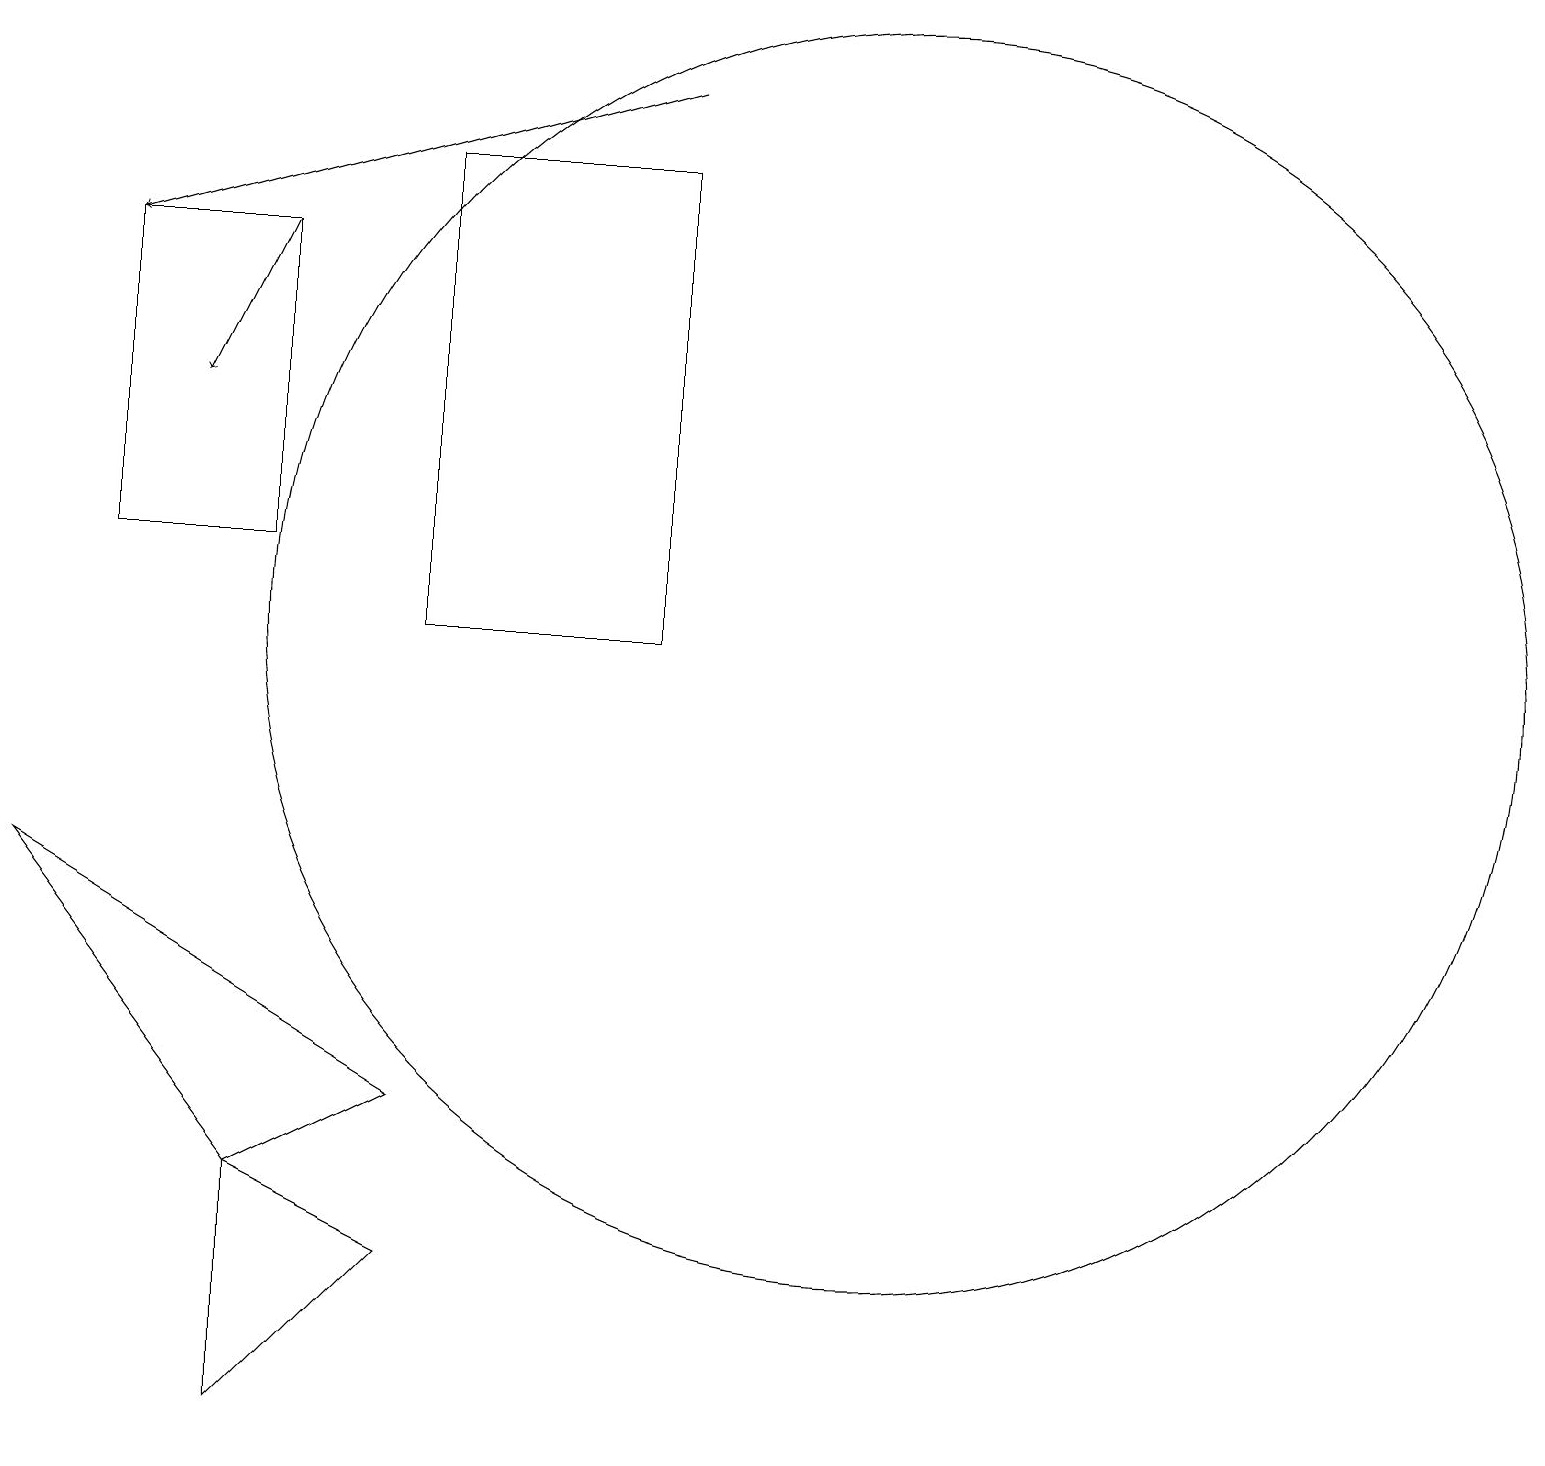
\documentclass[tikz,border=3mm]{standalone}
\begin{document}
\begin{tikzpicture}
\draw (6,3) -- (4,4) -- (4,1) -- cycle;
\draw (4,12) rectangle (2,16);
\draw (4,4) -- (1,8) -- (6,5) -- cycle;
\draw (12,11) circle (8);
\draw[->] (9,18) -- (2,16);
\draw (9,17) rectangle (6,11);
\draw[->] (4,16) -- (3,14);
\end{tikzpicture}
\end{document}